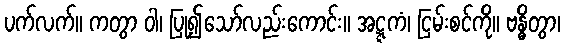
ပက်လက်။ ကတွာ ဝါ၊ ပြု၍သော်လည်းကောင်း။ အဋ္ဋကံ၊ ငြမ်းစင်ကို။ ဗန္ဓိတွာ၊